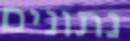
נתונים